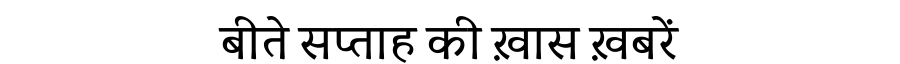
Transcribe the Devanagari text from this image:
बीते सप्ताह की ख़ास ख़बरें